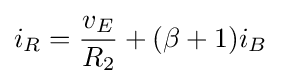
i_{R}={\frac {v_{E}}{R_{2}}}+(\beta +1)i_{B}\